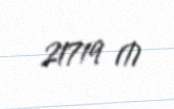
21719 ₼